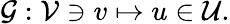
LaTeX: \mathcal{G}:\mathcal{V}\ni v\mapsto u\in\mathcal{U}.